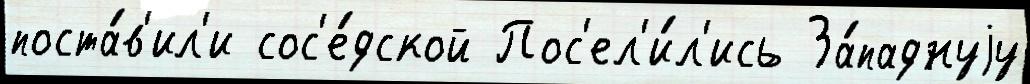
поста́в'ил'и сос'е́дской Пос'ел'и́л'ись За́паднуjу